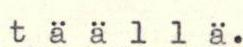
täällä.